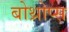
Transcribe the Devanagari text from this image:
बोथ्रोप्स